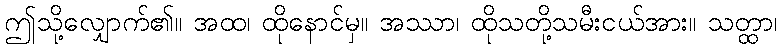
ဤသို့လျှောက်၏။ အထ၊ ထိုနောင်မှ။ အဿာ၊ ထိုသတို့သမီးငယ်အား။ သတ္ထာ၊